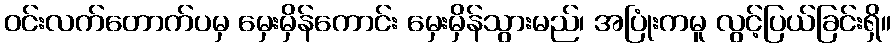
ဝင်းလက်တောက်ပမှ မှေးမှိန်ကောင်း မှေးမှိန်သွားမည်၊ အပြုံးကမူ လွင့်ပြယ်ခြင်းရှိ။